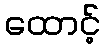
ထောင့်